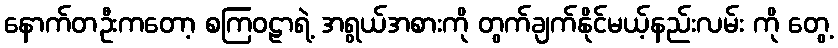
နောက်တဦးကတော့ စကြဝဠာရဲ့ အရွယ်အစားကို တွက်ချက်နိုင်မယ့်နည်းလမ်း ကို တွေ့